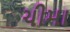
ચીમા